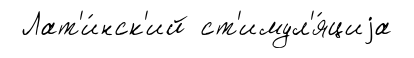
Лат'и́нск'ий ст'имул'я́циjа